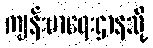
ကျန်းမာရေးဌာနသို့